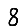
Digit: 8